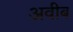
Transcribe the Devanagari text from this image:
अवीब